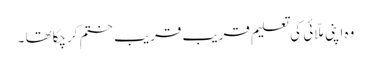
وہ اپنی ملّائی کی تعلیم قریب قریب ختم کرچکاتھا ۔